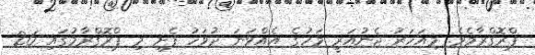
ޕްރޮގްރާމެވެ. މިއަހަރު ޖެނުއަރީ މަހުގެ އެއްވަނަ ދުވަހު ފެށި މި ޕްރޮގްރާމުގައި 26